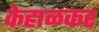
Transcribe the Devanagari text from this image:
केहाळकर